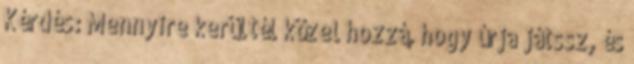
Kérdés: Mennyire kerültél közel hozzá, hogy úrja játssz, és